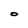
Character: O